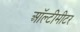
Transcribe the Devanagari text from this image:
ऑल्टीमीटर